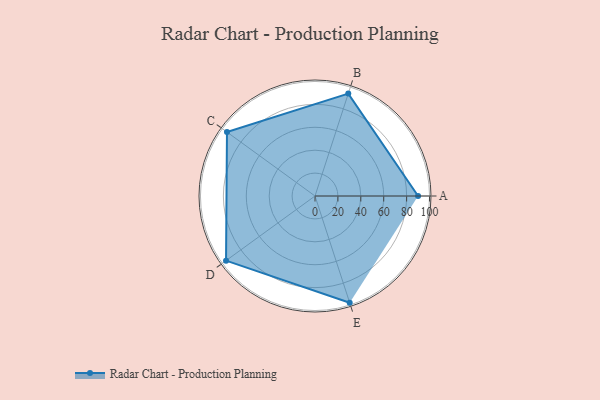
{"axis": {"x": "Skill", "y": "Score"}, "legend": ["Profile"], "data": [{"x": "A", "y": 90.0, "type": "Profile"}, {"x": "B", "y": 94.0, "type": "Profile"}, {"x": "C", "y": 95.0, "type": "Profile"}, {"x": "D", "y": 96.0, "type": "Profile"}, {"x": "E", "y": 98.0, "type": "Profile"}]}